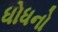
ધોધનો